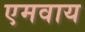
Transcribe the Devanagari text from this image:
एमवाय